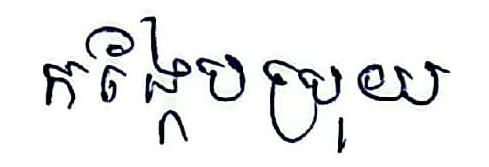
កង្កែបប្រុយ